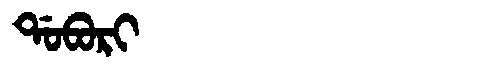
Manchu: ᡩᠣᠪᠣᡵᡳ
Romanization: DOBORI